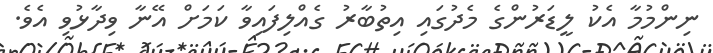
ނިންމުމާ އެކު ލީޑަރުންގެ މެދުގައި އިތުބާރު ގެއްލިފައިވާ ކަމަށް އޭނާ ވިދާޅުވި އެވެ.